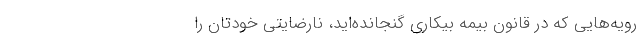
رویه‌هایی که در قانون بیمه بیکاری گنجانده‌اید، نارضایتی خودتان را